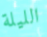
الليلة